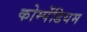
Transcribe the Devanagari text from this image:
कोम्पेंडियम